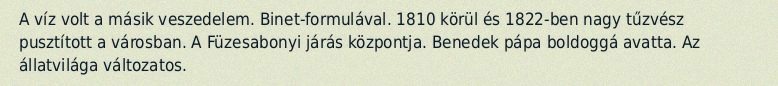
A víz volt a másik veszedelem. Binet-formulával. 1810 körül és 1822-ben nagy tűzvész pusztított a városban. A Füzesabonyi járás központja. Benedek pápa boldoggá avatta. Az állatvilága változatos.